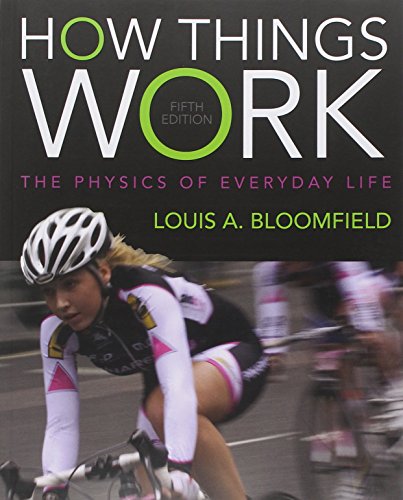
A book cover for How Things Work: The Physics of Everyday Life; Louis A. Bloomfield; Science & Math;